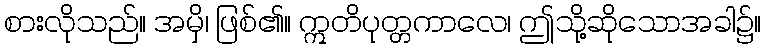
စားလိုသည်။ အမှိ၊ ဖြစ်၏။ ဣတိပုတ္တကာလေ၊ ဤသို့ဆိုသောအခါ၌။